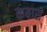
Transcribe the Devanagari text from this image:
कबासे